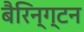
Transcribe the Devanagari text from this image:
बैरिन्ग्टन